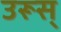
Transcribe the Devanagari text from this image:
उरूस्